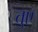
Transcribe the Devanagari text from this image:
तुए